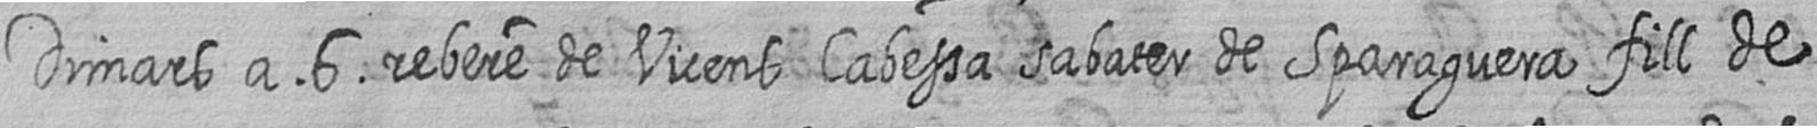
Dimars a 6 rebere Vicens Cabessa sabater de Sparaguera fill de